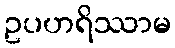
ဥပဟရိဿာမ